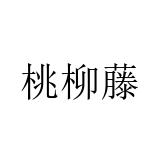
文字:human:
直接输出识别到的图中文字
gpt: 桃柳藤